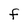
Character: f